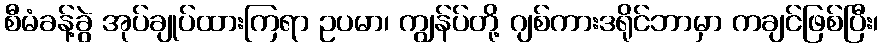
စီမံခန့်ခွဲ အုပ်ချုပ်ထားကြရာ ဥပမာ၊ ကျွန်ပ်တို့ ဂျစ်ကားဒရိုင်ဘာမှာ ကချင်ဖြစ်ပြီး၊